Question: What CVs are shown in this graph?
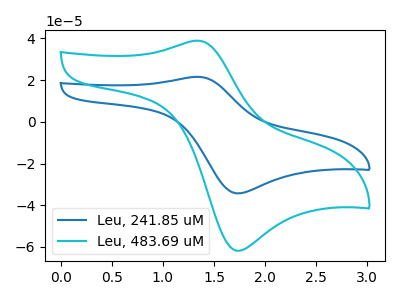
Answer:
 <answer>The blue curve is labeled "Leu, 241.85 uM". The cyan curve is labeled "Leu, 483.69 uM".</answer>
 <eval></eval>